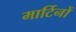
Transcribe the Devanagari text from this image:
मार्टिनों